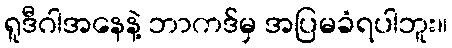
ရူဒီဂါအနေနဲ့ ဘာကဒ်မှ အပြမခံရပါဘူး။